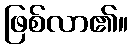
ဖြစ်လာ၏။